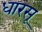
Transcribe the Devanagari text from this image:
धारसू